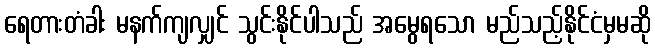
ရေတားတံခါး မနက်ကျလျှင် သွင်းနိုင်ပါသည် အမွေရသော မည်သည့်နိုင်ငံမှမဆို